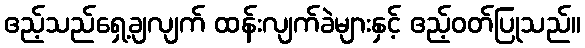
ဧည့်သည်ရှေ့ချလျက် ထန်းလျက်ခဲများနှင့် ဧည့်ဝတ်ပြုသည်။